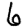
Digit: 6